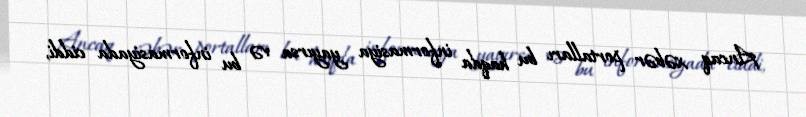
Ancaq xəbər portalları bu haqda informasiya yayırsa və bu informasiyada ciddi,